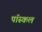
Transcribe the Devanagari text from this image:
पॉस्कल